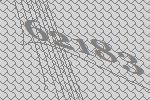
62183